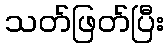
သတ်ဖြတ်ပြီး